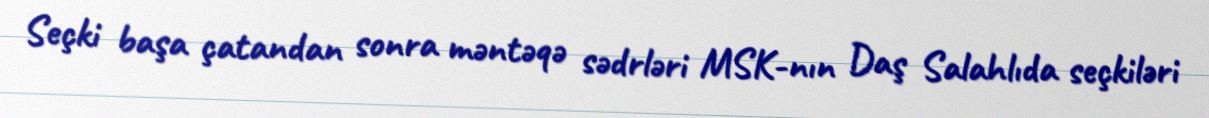
Seçki başa çatandan sonra məntəqə sədrləri MSK-nın Daş Salahlıda seçkiləri